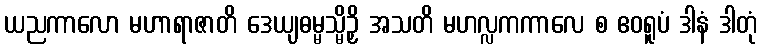
ယညကာလော မဟာရာဇာတိ ဒေယျဓမ္မသ္မိဉှိ အသတိ မဟလ္လကကာလေ စ ဧဝရူပံ ဒါနံ ဒါတုံ